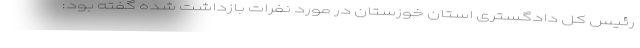
رئیس کل دادگستری استان خوزستان در مورد نفرات بازداشت شده گفته بود: